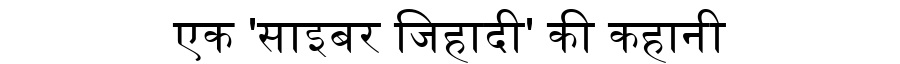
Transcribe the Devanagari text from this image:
एक 'साइबर जिहादी' की कहानी